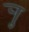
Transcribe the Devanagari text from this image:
र्‍ाु